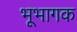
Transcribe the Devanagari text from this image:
भूभागक